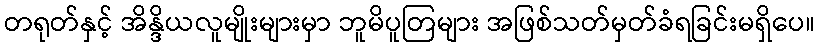
တရုတ်နှင့် အိန္ဒိယလူမျိုးများမှာ ဘူမိပူတြများ အဖြစ်သတ်မှတ်ခံရခြင်းမရှိပေ။